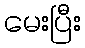
မေးပြီး